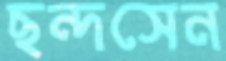
ছন্দসেন